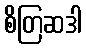
စိတြဆဒါ